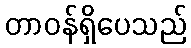
တာဝန်ရှိပေသည်